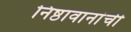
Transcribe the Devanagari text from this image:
निष्ठावानांची